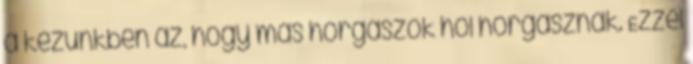
a kezünkben az, hogy más horgászok hol horgásznak. Ezzel